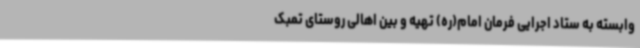
وابسته به ستاد اجرایی فرمان امام(ره) تهیه و بین اهالی روستای تمبک